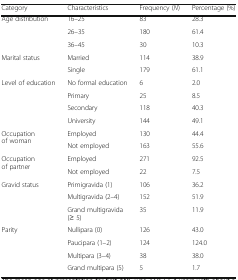
<table><thead><tr><td><b>Category</b></td><td><b>Characteristics</b></td><td><b>Frequency (<i>N</i>)</b></td><td><b>Percentage (%)</b></td></tr></thead><tbody><tr><td rowspan="3">Age distribution</td><td>16–25</td><td>83</td><td>28.3</td></tr><tr><td>26–35</td><td>180</td><td>61.4</td></tr><tr><td>36–45</td><td>30</td><td>10.3</td></tr><tr><td rowspan="2">Marital status</td><td>Married</td><td>114</td><td>38.9</td></tr><tr><td>Single</td><td>179</td><td>61.1</td></tr><tr><td rowspan="4">Level of education</td><td>No formal education</td><td>6</td><td>2.0</td></tr><tr><td>Primary</td><td>25</td><td>8.5</td></tr><tr><td>Secondary</td><td>118</td><td>40.3</td></tr><tr><td>University</td><td>144</td><td>49.1</td></tr><tr><td rowspan="2">Occupation of woman</td><td>Employed</td><td>130</td><td>44.4</td></tr><tr><td>Not employed</td><td>163</td><td>55.6</td></tr><tr><td rowspan="2">Occupation of partner</td><td>Employed</td><td>271</td><td>92.5</td></tr><tr><td>Not employed</td><td>22</td><td>7.5</td></tr><tr><td rowspan="3">Gravid status</td><td>Primigravida (1)</td><td>106</td><td>36.2</td></tr><tr><td>Multigravida (2–4)</td><td>152</td><td>51.9</td></tr><tr><td>Grand multigravida (≥ 5)</td><td>35</td><td>11.9</td></tr><tr><td rowspan="4">Parity</td><td>Nullipara (0)</td><td>126</td><td>43.0</td></tr><tr><td>Paucipara (1–2)</td><td>124</td><td>124.0</td></tr><tr><td>Multipara (3–4)</td><td>38</td><td>38.0</td></tr><tr><td>Grand multipara (5)</td><td>5</td><td>1.7</td></tr></tbody></table>